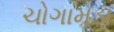
ચોગામડા